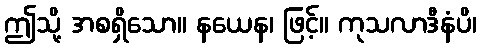
ဤသို့ အစရှိသော။ နယေန၊ ဖြင့်။ ကုသလာဒီနံပိ၊